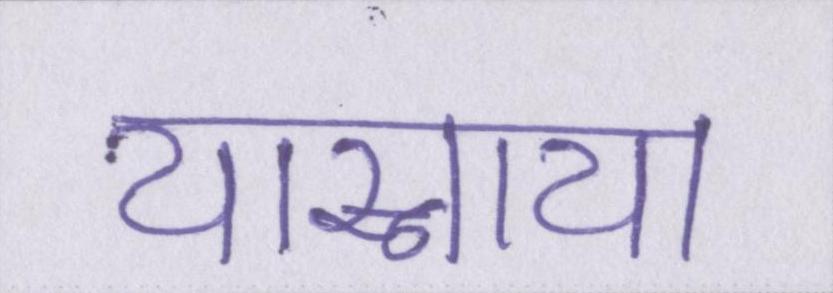
यास्नाया